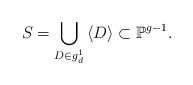
LaTeX: \begin{align*} S=\bigcup_{D\in g_d^1}\, \langle D\rangle \subset \mathbb{P}^{g-1}.\end{align*}